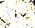
جولز